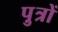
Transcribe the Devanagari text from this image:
पु़त्रों